Report on vaccination in Madras 1922-1929 - 1922-1929
Year: 1922
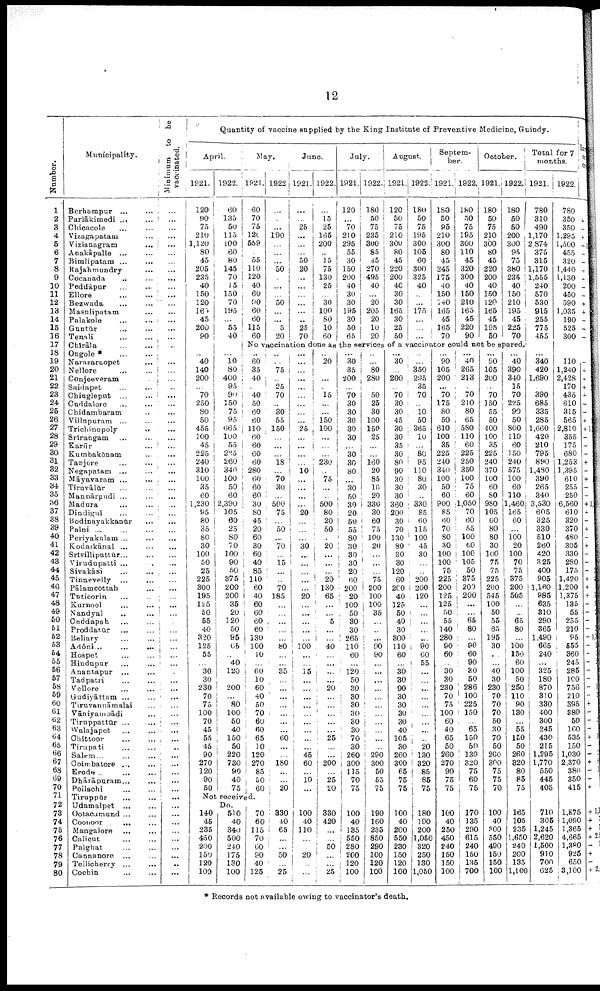
12
Number.
1
2
3
4
5
6
7
8
9
10
11
12
13
14
15
16
17
18
19
20
21
22
23
24
25
26
27
28
29
30
31
32
33
34
35
36
37
38
39
40
41
42
43
44
45
46
47
48
49
50
51
52
53
54
55
56
57
58
59
60
61
62
63
64
65
66
67
68
69
70
71
72
73
74
75
76
77
78
79
80
Municipality.
Berhampur ...
...
Parlākimedi ...
...
Chicacole ... ...
Vizagapatam ... ...
Vizianagram
... ...
Anakāpalle ... ...
Bimlipatam ... ...
Rajahmundry ...
Cocanada ... ...
Peddāpur
...
...
Ellore
...
...
Bezwada ... ...
Masulipatam ...
Palakole
...
...
Guntūr ... ...
Tenali
…
…
Chirāla
...
...
Ongole *
...
...
Narasaraopet ...
Nellore
...
...
Conjeeveram
...
Saidapet ... ...
Chingleput ...
...
Cuddalore ... ...
Chidambaram ...
Villupuram ... ...
Trichinopoly
...
Srirangam ... ...
Karūr
... …
Kumbakōnam ...
Tanjore ... ...
Negapatam ... ...
Māyavaram ...
...
Tiruvālūr … …
Mannārgudi ... ...
Madura
...
...
Dindigul ... ...
Bodinayakkanūr …
Palni
…
…
…
Periyakulam ... …
Kodaikānal ... …
Srivilliputtūr … …
Virudupatti ... …
Sivakāsi
...
...
Tinnevelly … …
Pālamcōttah …
Tuticorin
...
...
Kurnool
...
...
Nandyal
...
…
Cuddapah
…
…
Proddatūr
...
...
Bellary
...
...
Adōni...
...
...
Hospet … …
Hindupur … …
Anantapur ... …
Tadpatri … …
Vellore … …
Gudiyāttam ... …
Tiruvannāmalai …
Vāniyamoādi …
Tiruppattūr ... ...
Walajapet ... ...
Chittoor ... ...
Tirupati ... ...
Salem ... ... ...
Coimbatore ... ...
Erode ... ... ...
Dhārāpuram ... ...
Pollachi
…
…
Tiruppūr … …
Udamalpet ... …
Ootacamund ... …
Coonoor
... …
Mangalore … …
Calicut … …
Palghat
…
…
Cannanore … …
Tellicherry ... …
Cochin … …
Minimum to be
vaccinated.
...
...
...
...
...
...
...
...
...
...
...
...
...
...
...
...
…
…
...
...
...
...
...
...
...
...
...
...
...
...
...
...
...
...
...
...
...
...
...
...
...
…
...
…
…
...
…
...
…
…
...
...
…
...
...
…
...
...
...
…
…
...
...
...
...
...
...
...
...
...
...
...
...
...
…
...
...
...
...
...
Quantity of vaccine supplied by the King Institute of Preventive Medicine, Guindy.
April.
1921.
120
90
75
210
1,120
80
45
205
235
40
150
120
165
45
200
90
…
…
40
140
200
...
70
250
80
50
455
100
45
225
240
310
100
35
60
1,230
95
80
35
80
30
100
50
25
225
300
195
125
50
55
40
320
125
55
…
30
30
230
70
75
100
70
45
55
45
90
270
120
90
50
1922.
60
135
50
115
100
60
80
145
70
15
150
70
195
...
55
40
…
…
10
80
400
95
90
150
75
95
665
100
55
225
260
340
100
50
60
2,390
105
60
25
80
70
100
90
50
375
200
200
35
20
120
50
95
65
…
40
120
…
200
…
80
100
50
40
150
50
220
730
90
40
75
May.
1921.
60
70
75
120
559
...
55
110
120
40
60
90 60
60
115
60
1922
...
...
...
190
...
...
...
50
...
...
...
50
...
...
5
20
June.
1921.
...
...
25
...
...
...
50
20
...
...
...
...
...
...
25
70
1922.
...
15
25
165
200
...
15
75
130
25
...
30
100
80
10
60
July.
1921.
120
...
70
210
295
55
30
150
200
40
30
30
195
30
50
65
1922.
180
50
75
235
300
85
45
270
495
40
...
20
205
20
10
20
August.
1921.
120
50
75
210
300
80
45
220
200
40
30
30
165
30
25
50
1922.
180
50
75
195
300
105
60
300
325
40
...
...
175
...
...
…
Septem¬
ber.
1921.
180
50
95
210
300
80
45
245
175
40
150
140
165
45
165
70
1922.
180
50
75
195
300
110
45
320
300
40
150
210
165
45
220
90
October.
1921.
180
50
75
210
300
80
45
220
200
40
150
120
165
45
195
50
1922.
180
50
50
200
300
95
75
380
235
40
150
210
195
45
225
70
No vaccination done as the services of a vaccinator could not be spared.
...
60
35
40
...
40
50
60
60
110
60
60
60
60
280
60
60
60
30
80
45
20
60
30
60
40
85
110
60
40
60
60
60
60
130
100
10
…
60
10
60
40
50
70
60
60
65
10
120
270
85
50
60
Not received.
Do.
140
45
235
450
200
150
120
100
510
40
340
500
240
175
130
100
70
60
115
70
60
90
40
125
…
...
75
...
25
70
...
30
55
150
...
...
...
18
...
70
30
...
500
75
...
50
...
70
...
15
…
…
70
185
…
…
...
...
...
80
…
...
35
…
…
...
…
…
...
...
60
...
...
180
...
...
20
330
40
65
...
…
50
…
25
...
...
...
...
...
...
...
...
...
25
...
...
...
...
10
...
...
...
...
20
…
…
...
30
...
...
...
…
…
20
…
...
...
...
...
100
…
...
15
...
…
...
…
…
...
...
...
...
45
60
...
10
...
100
40
110
…
…
20
...
…
...
20
...
...
...
15
...
...
150
100
...
...
...
230
...
75
…
...
500
80
20
50
…
20
...
…
…
20
130
65
...
…
5
...
...
40
…
...
…
...
20
…
…
…
...
...
25
...
...
200
...
25
20
330
420
…
…
50
…
…
25
...
30
35
200
...
70
30
30
30
30
30
...
30
30
30
...
30
50
30
20
50
55
80
30
30
30
20
60
200
20
100
50
30
30
265
110
60
…
120
50
30
30
30
30
30
30
70
30
260
300
115
70
75
100
40
135
550
280
200
120
100
...
...
80
280
...
50
25
30
100
150
25
...
...
160
20
85
10
20
330
30
60
75
100
20
...
…
…
75
200
100
100
35
…
...
...
90
90
...
...
...
…
…
…
…
...
...
...
...
290
300
50
55
75
190
160
235
850
290
100
120
100
...
30
...
200
...
70
30
30
45
30
30
35
30
80
90
30
30
30
360
200
30
70
130
80
30
30
120
60
200
40
125
50
40
30
300
110
60
…
30
30
90
30
30
30
30
40
105
30
260
300
65
75
75
100
40
200
550
230
150
120
100
...
...
350
295
35
70
...
10
50
365
10
...
80
95
110
80
30
...
330
85
60
115
100
45
30
…
…
200
200
120
…
…
…
...
...
90
60
55
…
…
…
…
…
…
...
...
...
20
130
320
85
85
75
180
190
200
1,050
320
250
130
1,050
...
90
105
200
...
70
175
80
50
610
100
35
225
240
340
100
50
60
900
85
60
70
80
30
100
100
75
225
200
125
125
50
55
140
280
90
60
…
30
30
230
70
75
100
60
40
65
50
260
270
90
75
75
100
40
250
450
240
150
150
100
...
40
265
213
...
70
210
80
65
580
110
60
225
250
350
100
75
60
1,050
70
60
55
100
60
100
105
50
375
200
200
…
…
65
80
...
90
60
90
30 50
286
100
225
150
...
65
150
50
130
320
75
60
75
170
135
290
615
240
150
135
700
...
90
105
200
...
70
150
55
50
400
100
35
225
240
370
100
60
80
980
105
60
80
80
30
100
75
75
225
200
545
100
50
55
65
195
30
...
…
40
30
230
70
70
70
50
30
70
50
260
300
75
75
70
100
40
300
550
490
150
150
100
...
40
390
340
15
70
225
90
50
800
110
60
150
240
575
100
60
110
1,460
165
60
…
100
20
100
70
75
375
200
505
...
…
65
80
...
100
150
60
100
50
250
110
90
130
...
55
150
50
260
320
80
85
75
165
105
235
1,650
240
200
135
1,100
Total for 7
months.
1921.
780
310
490
1,170
2,874
375
315
1,170
1,555
240
570
530
915
255
775
455
...
340
420
1,690
...
390
685
335
285
1,660
420
210
795
890
1,480
390
265
340
3,530
605
325
330
510
260
420
325
400
905
1,160
985
635
310
290
365
1,490
665
240
...
325
180
870
310
330
400
300
245
430
215
1,295
1,770
550
445
405
710
305
1,245
2,620
1,500
910
700
625
1922.
780
350
350
1,295
1,500
455
320
1,440
1,130
200
450
590
1,035
190
525
300
110
1,240
2,428
170
435
610
315
565
2,810
355
175
680
1,253
1,395
610
255
250
6,560
610
320
370
480
305
330
280
175
1,420
1,200
1,375
135
55
255
210
95
555
360
245
285
100
756
210
395
380
50
160
535
150
1,030
2,370
380
350
415
1,875
1,090
1,365
4,665
1,380
925
650
3,100
Ins
or
or
+
-
+
-1
-
-
-
-
-
-
-
+
-
-
-
-
+
+
+
+
-
-
+
+ 1
-
-
-
+
-
+
-
-
+3
-
-
+
-
+
-
-
-
+1
+
+3
-3
- 1
-
-
-1
- 1
-1
- 1
-
-
- 1
- 1
+
-
-
-
+1
-
-
+
-1
-
+
+1
+
+
+ 2,
-
+
-
+ 2
* Records not available owing to vaccinator's death.